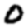
Digit: 0